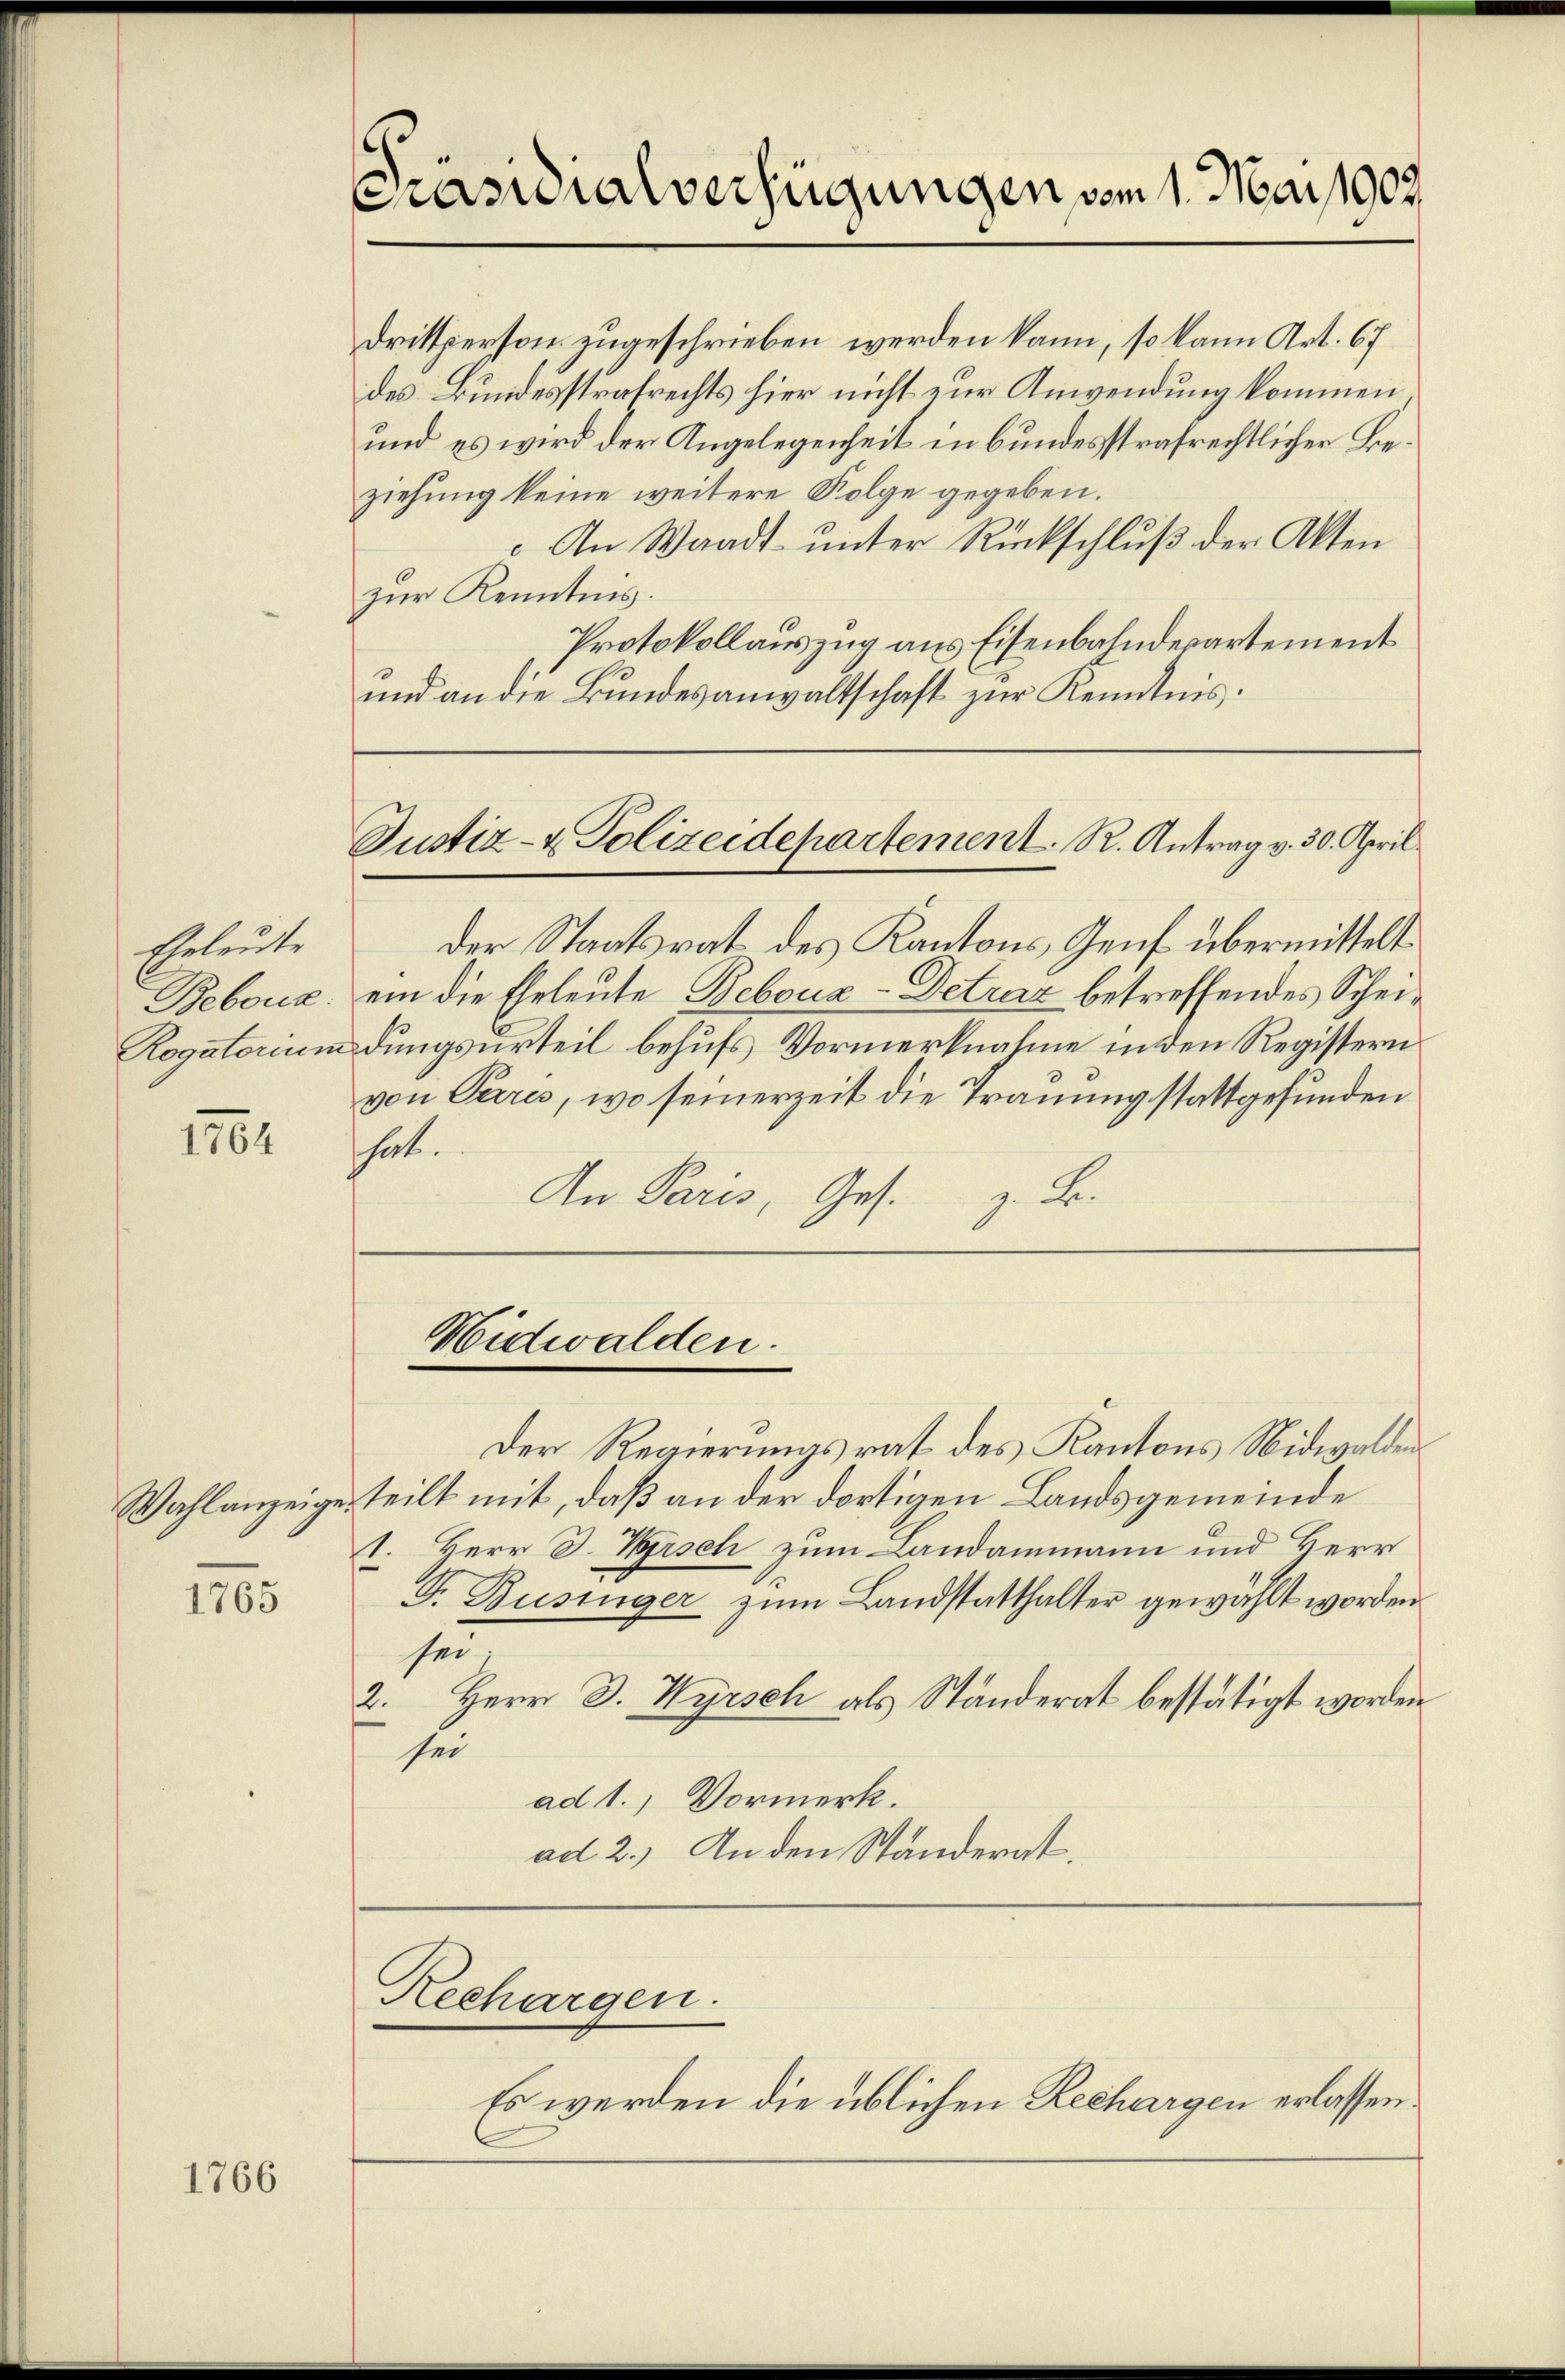
Eheleute
Bebouz.
Rogatorium

1702

1765

1766

Präsidialverfügungen vom 1. Mai 1907.

Drittperson zugeschrieben werden kann, so kann Art. 67
des Bundesstrafrechts hier nicht zur Anwendung kommen
und es wird der Angelegenheit in bundesstrafrechtlicher Beziehung keine weitere Folge gegeben.
An Waadt unter Rückschluß der Akten
zur Kenntnis.
Protokollauszug aus Eisenbahndepartement
und an die Bundesanwaltschaft zur Kenntnis.
Justiz- & Polizeidepartement. R. Antrag v. 30. April
der Staatsrat des Kantons Genf übermittelt
ein die Eheleute Bebouz-Detraz betreffendes Scheidungsurteil behufs Vormerknahme in den Registern
von Perres, wo seinerzeit die Trauung stattgefunden
hat.
An Paris, Ges.
.B.

Nidwalden.

Der Regierungsrat des Kantons Nidwalden¬
Wahlanzeige, teilt mit, daß an der dortigen Landsgemeinde
1. Herr J. Bisch zum Landammann und Herr
F. Businger zum Landstatthalter gewählt worden
sen
2. Herr D. Wyrsch als Ständerat bestätigt worden.
sei
ad 1. Vormerk.
ad 2.) An den Ständerat.

Hechargen.

Es werden die üblichen Rechargen erlassen